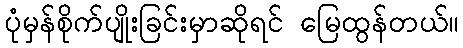
ပုံမှန်စိုက်ပျိုးခြင်းမှာဆိုရင် မြေထွန်တယ်။